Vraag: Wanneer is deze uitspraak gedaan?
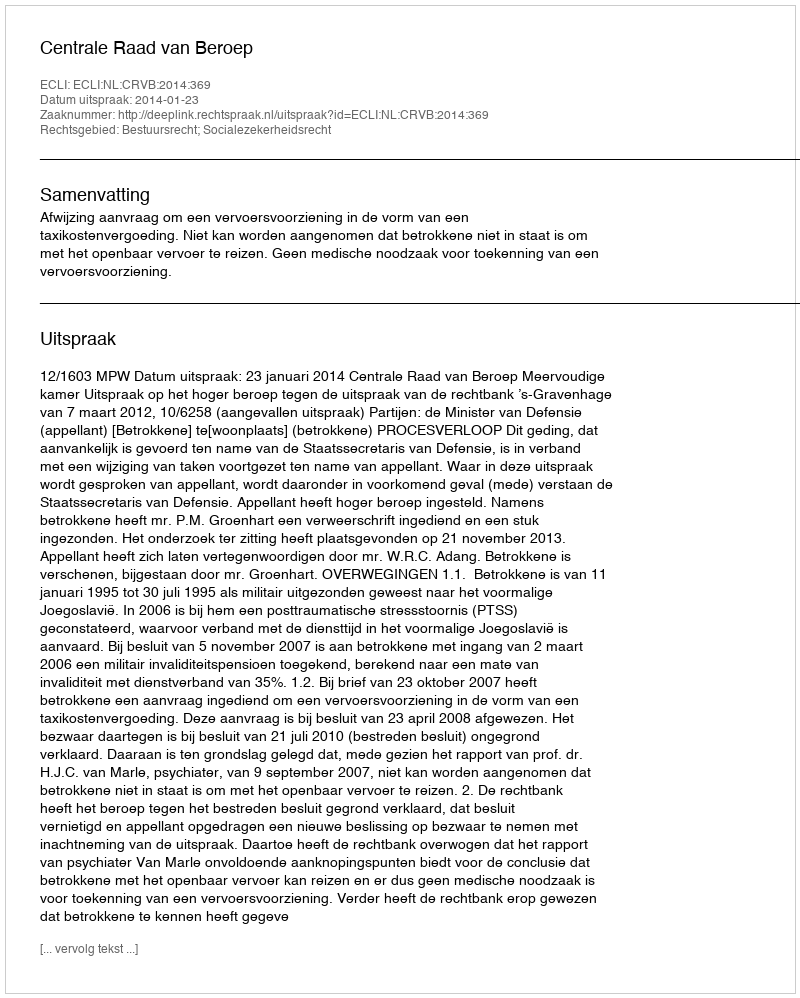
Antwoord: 2014-01-23